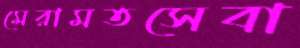
মেরামতসেবা